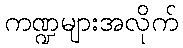
ကဏ္ဍများအလိုက်